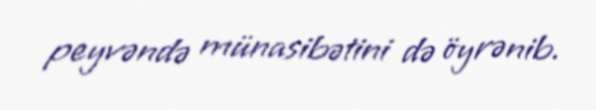
peyvəndə münasibətini də öyrənib.